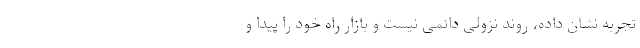
تجربه نشان داده، روند نزولی دائمی نیست و بازار راه خود را پیدا و